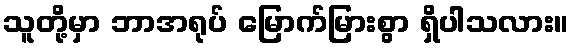
သူတို့မှာ ဘာအရုပ် မြောက်မြားစွာ ရှိပါသလား။